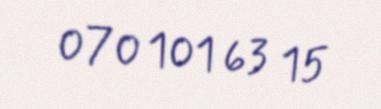
070 101 63 15